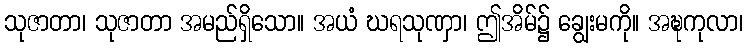
သုဇာတာ၊ သုဇာတာ အမည်ရှိသော။ အယံ ဃရသုဏှာ၊ ဤအိမ်၌ ချွေးမကို။ အဍ္ဎကုလာ၊